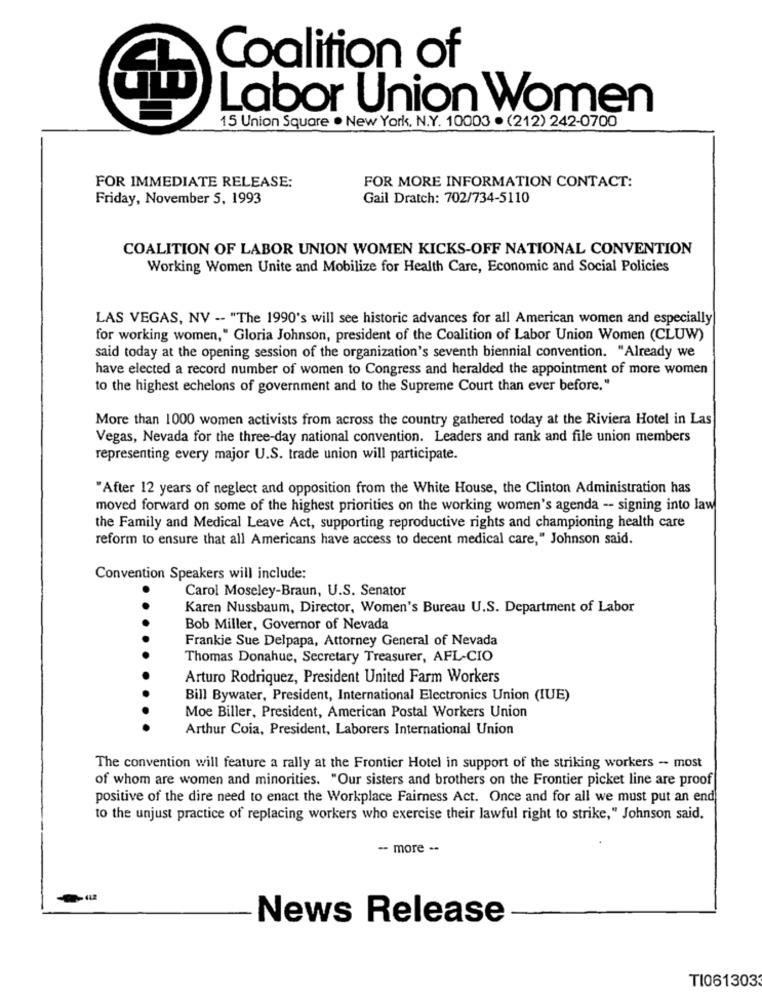
Coalition of
Labor Union Women
15 Union Square . New York, N.Y. 10003 .(212) 242-0700
FOR IMMEDIATE RELEASE:
FOR MORE INFORMATION CONTACT:
Friday, November 5, 1993
Gail Dratch: 702/734-5110
COALITION OF LABOR UNION WOMEN KICKS-OFF NATIONAL CONVENTION
Working Women Unite and Mobilize for Health Care, Economic and Social Policies
LAS VEGAS, NV -- "The 1990's will see historic advances for all American women and especially
for working women," Gloria Johnson, president of the Coalition of Labor Union Women (CLUW)
said today at the opening session of the organization's seventh biennial convention. "Already we
have elected a record number of women to Congress and heralded the appointment of more women
to the highest echelons of government and to the Supreme Court than ever before."
More than 1000 women activists from across the country gathered today at the Riviera Hotel in Las
Vegas, Nevada for the three-day national convention. Leaders and rank and file union members
representing every major U.S. trade union will participate.
"After 12 years of neglect and opposition from the White House, the Clinton Administration has
moved forward on some of the highest priorities on the working women's agenda -- signing into law
the Family and Medical Leave Act, supporting reproductive rights and championing health care
reform to ensure that all Americans have access to decent medical care," Johnson said.
Convention Speakers will include:
Carol Moseley-Braun, U.S. Senator
Karen Nussbaum, Director, Women's Bureau U.S. Department of Labor
Bob Miller, Governor of Nevada
Frankie Sue Delpapa, Attorney General of Nevada
Thomas Donahue, Secretary Treasurer, AFL-CIO
Arturo Rodriquez, President United Farm Workers
Bill Bywater, President, International Electronics Union (IUE)
Moe Biller, President, American Postal Workers Union
Arthur Coia, President, Laborers International Union
The convention will feature a rally at the Frontier Hotel in support of the striking workers - most
of whom are women and minorities. "Our sisters and brothers on the Frontier picket line are proof
positive of the dire need to enact the Workplace Fairness Act. Once and for all we must put an end
to the unjust practice of replacing workers who exercise their lawful right to strike," Johnson said.
-- more ..
-442
News Release
TI061303